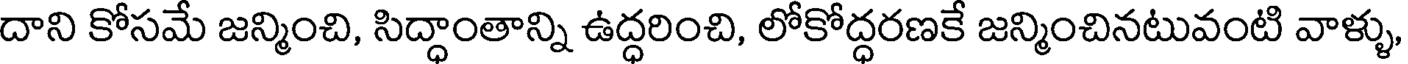
దాని కోసమే జన్మించి, సిద్ధాంతాన్ని ఉద్ధరించి, లోకోద్ధరణకే జన్మించినటువంటి వాళ్ళు